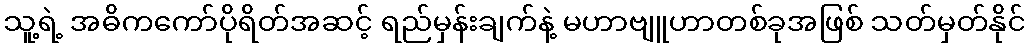
သူ့ရဲ့ အဓိကကော်ပိုရိတ်အဆင့် ရည်မှန်းချက်နဲ့ မဟာဗျူဟာတစ်ခုအဖြစ် သတ်မှတ်နိုင်